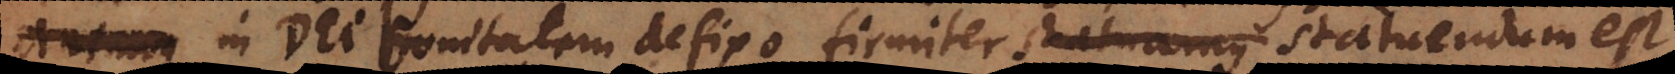
m in Dei bonitatem defixo, firmiter statuamus statuendum est